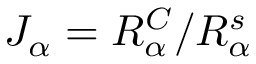
J _ { \alpha } = R _ { \alpha } ^ { C } / R _ { \alpha } ^ { s }